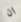
ان